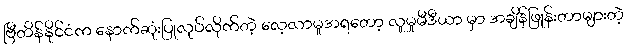
ဗြီတိန်နိုင်ငံက နောက်ဆုံးပြုလုပ်လိုက်တဲ့ လေ့လာမှုအရတော့ လူမှုမီဒီယာ မှာ အချိန်ဖြုန်းတာများတဲ့